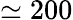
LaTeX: \simeq 200